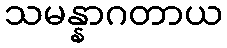
သမန္နာဂတာယ